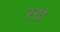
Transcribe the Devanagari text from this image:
ऱखे